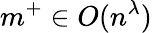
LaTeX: m^{+}\in O(n^{\lambda})